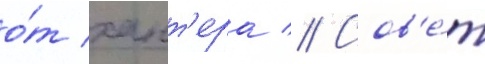
о́т хант'ера // Сов'е́т